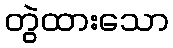
တွဲထားသော